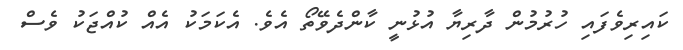
ކައިރިވެފައި ހުރުމުން ދާރިޔާ އުޅުނީ ކާންދެވޭތޯ އެވެ. އެކަމަކު އެއް ކުއްޖަކު ވެސް